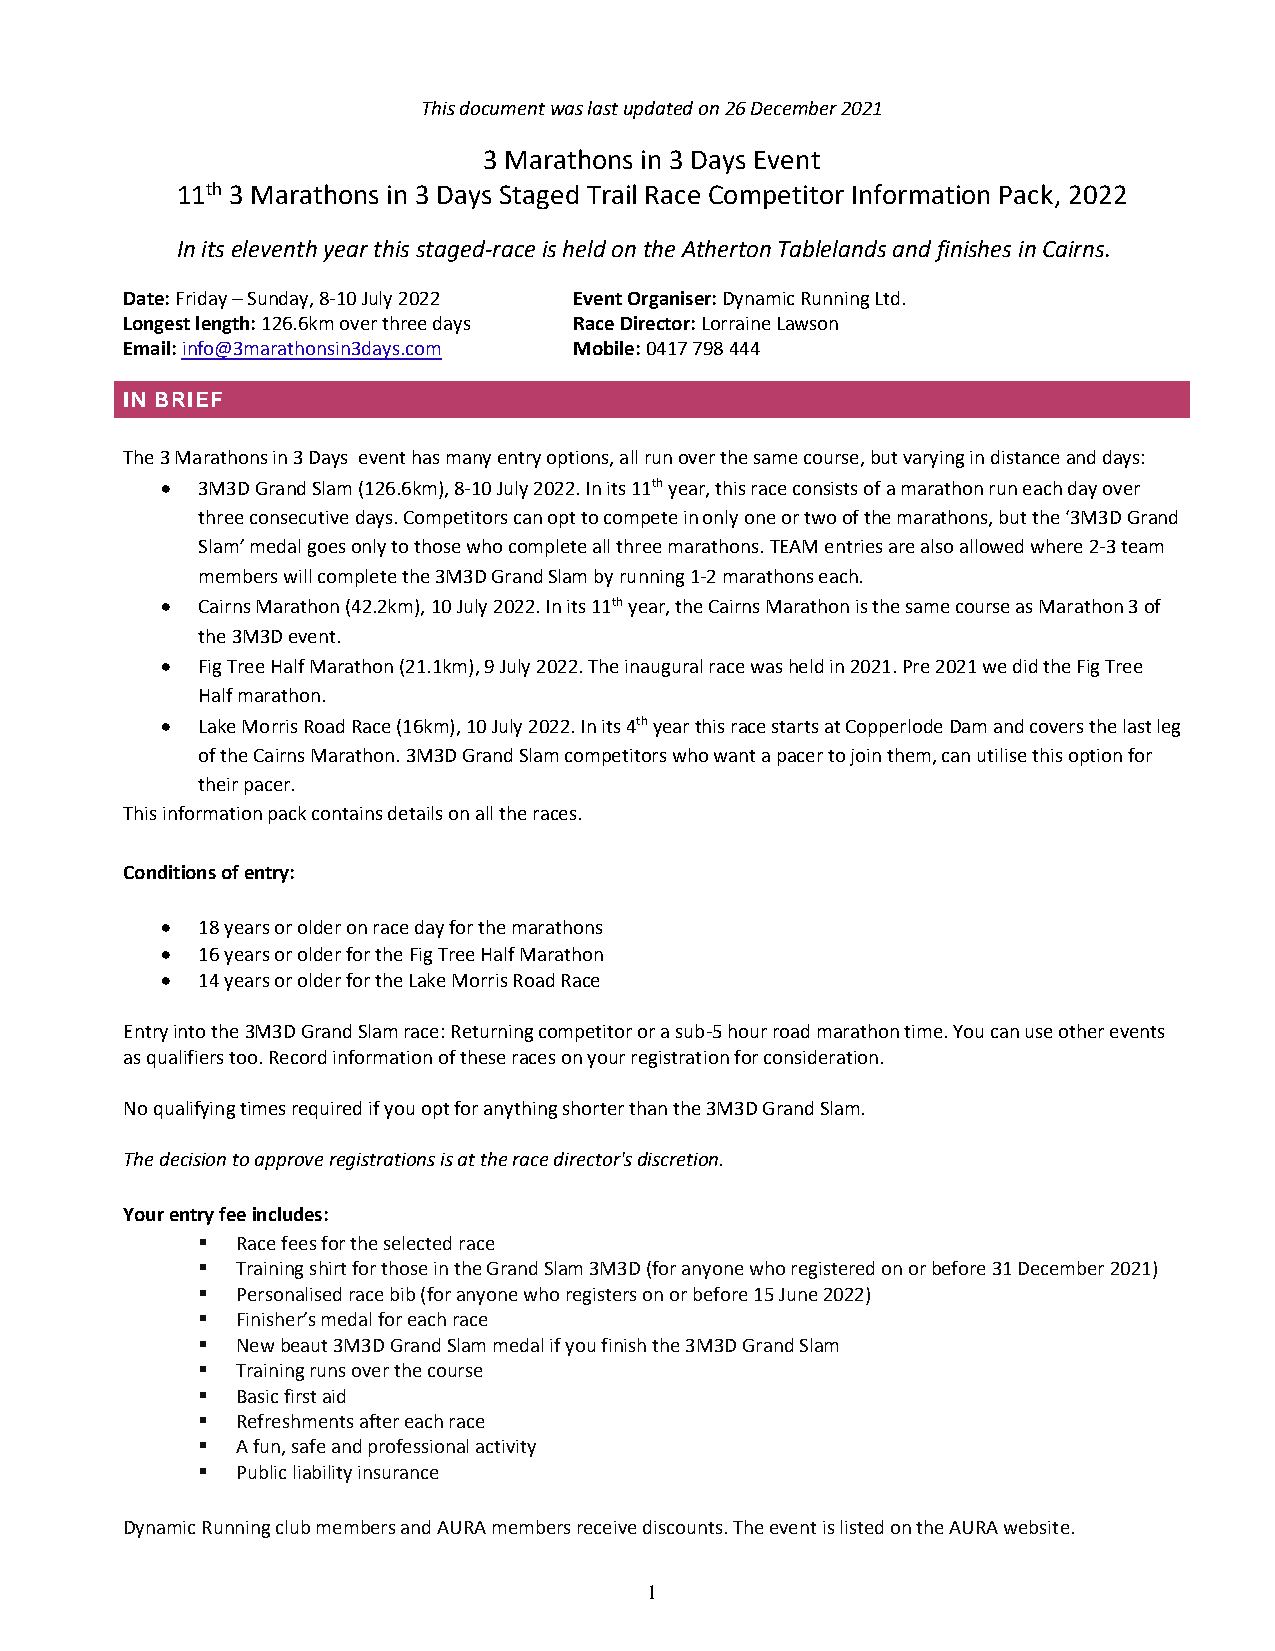
This document was last updated on 26 December 2021
 3 Marathons in 3 Days Event
 11th 3 Marathons in 3 Days Staged Trail Race Competitor Information Pack, 2022
 In its eleventh year this staged-race is held on the Atherton Tablelands and finishes in Cairns.
 Date: Friday – Sunday, 8-10 July 2022 Event Organiser: Dynamic Running Ltd.
 Longest length: 126.6km over three days Race Director: Lorraine Lawson
 Email: info@3marathonsin3days.com Mobile: 0417 798 444
 IN BRIEF
 The 3 Marathons in 3 Days event has many entry options, all run over the same course, but varying in distance and days:
 • 3M3D Grand Slam (126.6km), 8-10 July 2022. In its 11th year, this race consists of a marathon run each day over
 three consecutive days. Competitors can opt to compete in only one or two of the marathons, but the ‘3M3D Grand
 Slam’ medal goes only to those who complete all three marathons. TEAM entries are also allowed where 2-3 team
 members will complete the 3M3D Grand Slam by running 1-2 marathons each.
 • Cairns Marathon (42.2km), 10 July 2022. In its 11th year, the Cairns Marathon is the same course as Marathon 3 of
 the 3M3D event.
 • Fig Tree Half Marathon (21.1km), 9 July 2022. The inaugural race was held in 2021. Pre 2021 we did the Fig Tree
 Half marathon.
 • Lake Morris Road Race (16km), 10 July 2022. In its 4th year this race starts at Copperlode Dam and covers the last leg
 of the Cairns Marathon. 3M3D Grand Slam competitors who want a pacer to join them, can utilise this option for
 their pacer.
 This information pack contains details on all the races.
 Conditions of entry:
 • 18 years or older on race day for the marathons
 • 16 years or older for the Fig Tree Half Marathon
 • 14 years or older for the Lake Morris Road Race
 Entry into the 3M3D Grand Slam race: Returning competitor or a sub-5 hour road marathon time. You can use other events
 as qualifiers too. Record information of these races on your registration for consideration.
 No qualifying times required if you opt for anything shorter than the 3M3D Grand Slam.
 The decision to approve registrations is at the race director's discretion.
 Your entry fee includes:
 ▪  Race fees for the selected race
 ▪  Training shirt for those in the Grand Slam 3M3D (for anyone who registered on or before 31 December 2021)
 ▪  Personalised race bib (for anyone who registers on or before 15 June 2022)
 ▪  Finisher’s medal for each race
 ▪  New beaut 3M3D Grand Slam medal if you finish the 3M3D Grand Slam
 ▪  Training runs over the course
 ▪  Basic first aid
 ▪  Refreshments after each race
 ▪  A fun, safe and professional activity
 ▪  Public liability insurance
 Dynamic Running club members and AURA members receive discounts. The event is listed on the AURA website.
 1